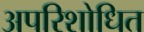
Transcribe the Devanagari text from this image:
अपरिशोधित